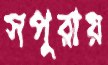
সপুরায়